Sketch of the medical history of the native army of Bombay, for the year
Year: 1875
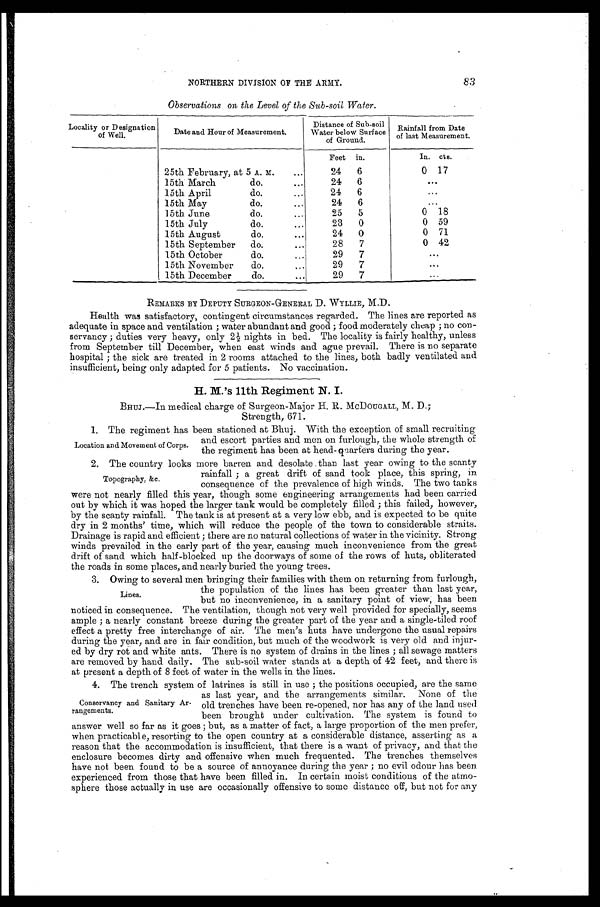
NORTHERN DIVISION OF THE ARMY.
83
Observations on the Level of the Sub-soil Water.
Locality Designation
of Well.
Date and Hour of Measurement.
Distance of Sub-soil
Water below Surface
of Ground.
Rainfall from Date
of last Measurement.
Feet in.
In. cts.
25th February, at 5 A. M.
24
6
0 17
15th March do.
24
6
. . .
15th April do.
2 4 6
. . .
15th May do.
24
6
. . .
15th June do.
25
5
0 18
15th July do.
23
0
0 59
15th August do.
24
0
0 71
15th September do.
28
7
0 42
15th October do.
29
7
. . .
15th November do.
29
7
. . .
15th December do.
29
7
. . .
REMARKS BY DEPUTY SURGEON-GENERAL D. WYLLIE, M.D.
Health was satisfactory, contingent circumstances regarded. The lines are reported as
adequate in space and ventilation; water abundant and good; food moderately cheap; no con
-servancy; duties very heavy, only 2½ nights in bed. The locality is fairly healthy, unless
from September till December, when east winds and ague prevail. There is no separate
hospital; the sick are treated in 2 rooms attached to the lines, both badly ventilated and
insufficient, being only adapted for 5 patients. No vaccination.
H. M.'s 11th Regiment N. I.
BHUJ.—In medical charge of Surgeon-Major H. R. MCDOUGALL, M. D.;
Strength. 671.
1. The regiment has been stationed at Bhuj. With the exception of small recruiting
and escort parties and men on furlough, the whole strength of
the regiment has been at head-quarters during the year.
2. The country looks more barren and desolate than last year owing to the scanty
rainfall; a great drift of sand took place, this spring, in
consequence of the prevalence of high winds. The two tanks
were not nearly filled this year, though some engineering arrangements had been carried
out by which it was hoped the larger tank would be completely filled; this failed, however,
by the scanty rainfall. The tank is at present at a very low ebb, and is expected to be quite
dry in 2 months' time, which will reduce the people of the town to considerable straits.
Drainage is rapid and efficient; there are no natural collections of water in the vicinity. Strong
winds prevailed in the early part of the year, causing much inconvenience from the great
drift of sand which half-blocked up the doorways of some of the rows of huts, obliterated
the roads in some places. and nearly buried the young trees.
3. Owing to several men bringing their families with them on returning from furlough,
the population of the lines has been greater than last year,
but no inconvenience, in a sanitary point of view, has been
noticed in consequence. The ventilation, though not very well provided for specially, seems
ample; a nearly constant breeze during the greater part of the year and a single-tiled roof
effect a pretty free interchange of air. The men's huts have undergone the usual repairs
during the year, and are in fair condition, but much of the woodwork is very old and injur
-ed by dry rot and white ants. There is no system of drains in the lines; all sewage matters
are removed by hand daily. The sub-soil water stands at a depth of 42 feet, and there is
at present a depth of 8 feet of water in the wells in the
lines.
4. The trench system of latrines is still in use; the positions occupied, are the same
as last year, and the arrangements similar. None of the
old trenches have been re-opened, nor has any of the land used
been brought under cultivation. The system is found to
answer well so far as it goes; but, as a matter of fact, a large proportion of the men prefer,
when practicable, resorting to the open country at a considerable distance, asserting as a
reason that the accommodation is insufficient, that there is a want of privacy, and that the
enclosure becomes dirty and offensive when much frequented. The trenches themselves
have not been found to be a source of annoyance during the year; no evil odour has been
experienced from those that have been filled in. In certain moist conditions of the atmo
-sphere those actually in use are occasionally offensive to some distance off, but not for any
Location and Movement of Corps.
Topography, &c.
Lines.
Conservancy and Sanitary Ar
-rangements.